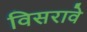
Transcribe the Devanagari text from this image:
विसरावे